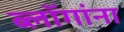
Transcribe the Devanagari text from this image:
ब्लॉगांना